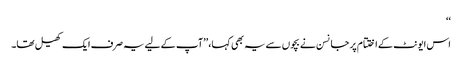
‘‘
اس ایونٹ کے اختتام پر جانسن نے بچوں سے یہ بھی کہا، ’’آپ کے لیے یہ صرف ایک کھیل تھا۔